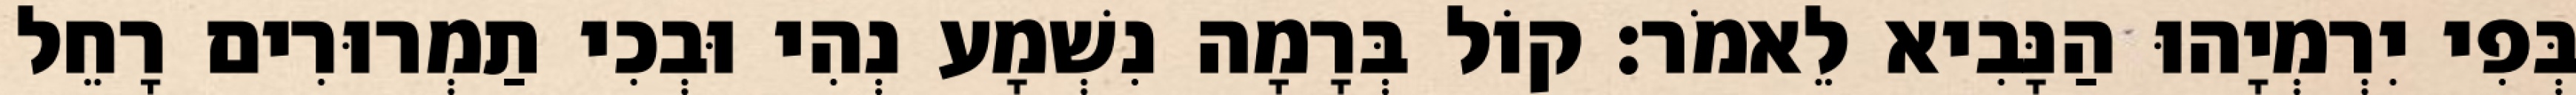
בְּפִי יִרְמְיָהוּ הַנָּבִיא לֵאמֹר׃ קוֹל בְּרָמָה נִשְׁמָע נְהִי וּבְכִי תַמְרוּרִים רָחֵל